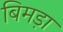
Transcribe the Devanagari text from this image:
बिमड़ा